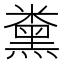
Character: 𱹛